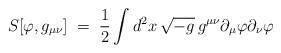
LaTeX: \begin{align*} S[\varphi , g_{\mu\nu}]\;=\; \frac{1}{2} \int d^2 x \, \sqrt{-g} \,g^{\mu\nu} \partial_\mu \varphi \partial_\nu \varphi\end{align*}